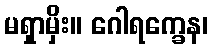
မရှာမှိး။ ဂေါရက္ခေန၊